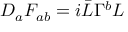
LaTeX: D _ { a } F _ { a b } = i \bar { L } \Gamma ^ { b } L